Report of the Municipal Commissioner on the plague in Bombay for the year ending 31st May... - Volume 2
Disease focus: Plague
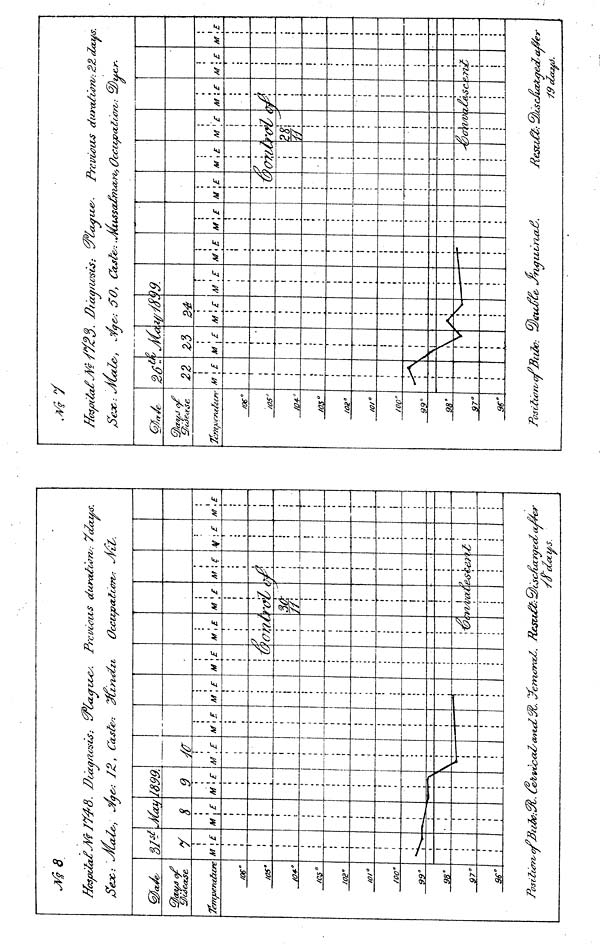
MS
Has /o a*£MlY4d. Dta
Sex,: <JlcUe,, j/ye,: />
Temperafazre
fO6"
/05'
/C5°J
O2"
Wl 0
(00°9
9°9
8°9
7°M
y
\£
8
M
—>--t
I
',£
i
_
i
1399.
M
PosrZurrvofHuZv:^. £«
9
If
i
£>.
'g/wsis:
2, CoLste
M
_
M
i_
r
-i
zrhzatces.
V;
£?Ll.n>tfc.Zi
\ £ M \£
Previous
OcClZjDO.
M \£
H
M
R
\E
hi
esu
M
f
!
1 £
rcUcon
J
M
f~T
jc/
<r.
r
J
A
ys.
\£
M
1
—
Ixjf
/^°/^•
'
fO$ °/
0£°t
or
fOO"
99°9
8°9
7"
9€°/
1
t
-A
'?3
M
V'
j
;
\E
\
V
7&: so,
M
M
—~(
7SU
»-
• •
M
Uu
rite
•SSOL
M \£
p
tow
M \E
U
—
6cu
CCZ£
M
9
(jj
A 1 estt
pa.
M
S£
x £
I
u
r ion
I
M
CSCJ
\£
\
sc
?9a
ML.?
M
1
\£
I
? >
M
fa
\ £
r
•